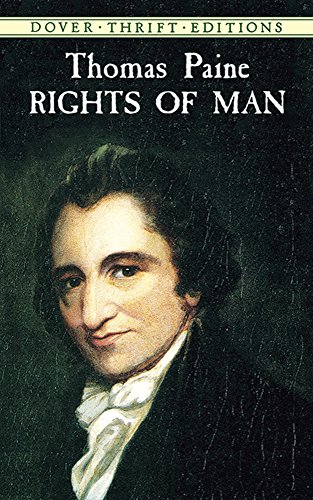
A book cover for Rights of Man (Dover Thrift Editions); Thomas Paine; Literature & Fiction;